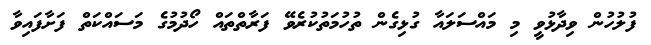
ފުލުހުން ވިދާޅުވީ މި މައްސަލައާ ގުޅިގެން ތުހުމަތުކުރެވޭ ފަރާތްތައް ހޯދުމުގެ މަސައްކަތް ފަށާފައިވާ